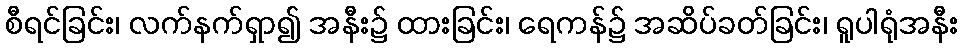
စီရင်ခြင်း၊ လက်နက်ရှာ၍ အနီး၌ ထားခြင်း၊ ရေကန်၌ အဆိပ်ခတ်ခြင်း၊ ရူပါရုံအနီး